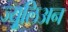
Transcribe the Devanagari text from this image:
ज्युूलिअन